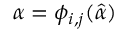
\alpha = \phi _ { i , j } ( \hat { \alpha } )